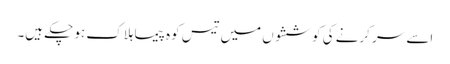
اسے سر کرنے کی کوششوں میں تیس کوہ پیما ہلاک ہو چکے ہیں۔